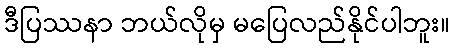
ဒီပြဿနာ ဘယ်လိုမှ မပြေလည်နိုင်ပါဘူး။